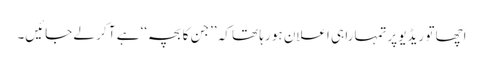
اچھا تو ریڈیو پرتمہارا ہی اعلان ہو رہا تھا کہ ’’جن کا بچہ‘‘ ہے آ کر لے جائیں۔